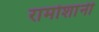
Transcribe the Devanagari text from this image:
रामोशांनी